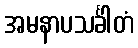
အမနာပသင်္ခါတံ